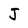
Character: J